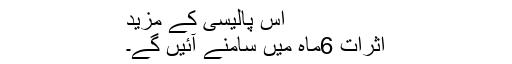
اس پالیسی کے مزید
اثرات 6ماہ میں سامنے آئیں گے۔